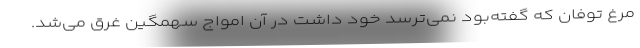
مرغ توفان که گفته‌بود نمی‌ترسد خود داشت در آن امواج سهمگین غرق می‌شد.